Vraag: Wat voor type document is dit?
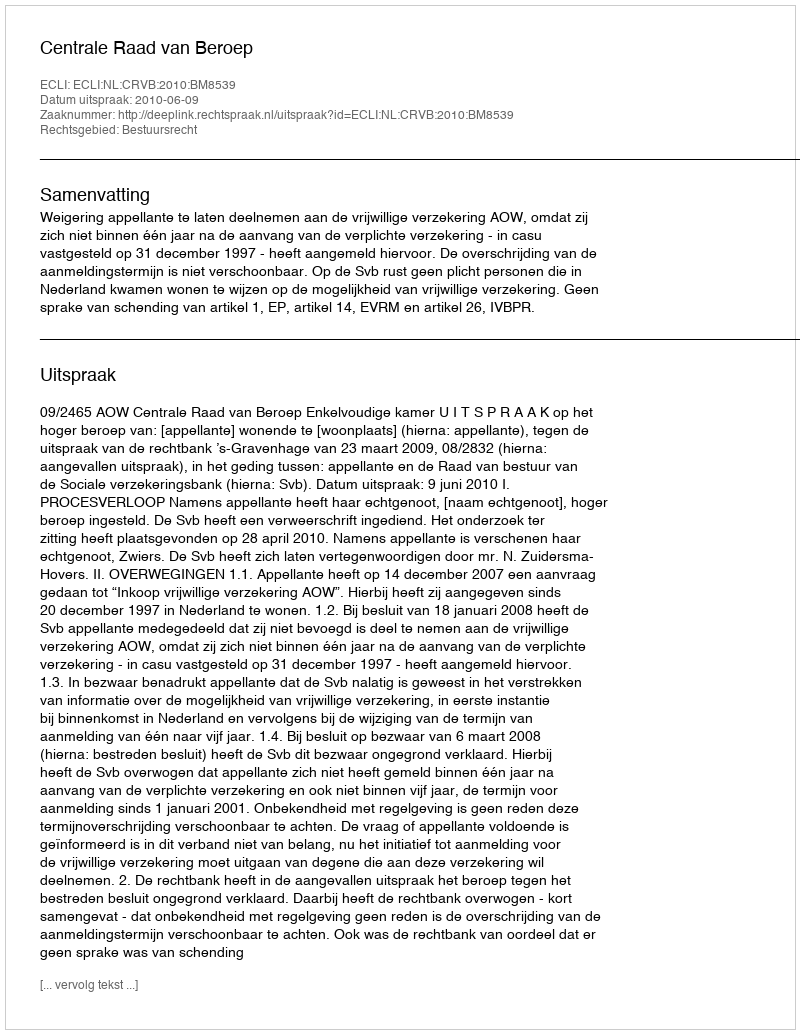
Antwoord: Uitspraak